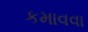
કમાવવા